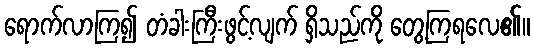
ရောက်လာကြ၍ တံခါးကြီးဖွင့်လျက် ရှိသည်ကို တွေ့ကြရလေ၏။